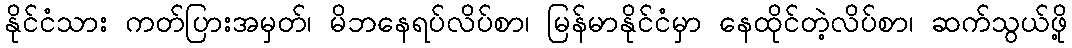
နိုင်ငံသား ကတ်ပြားအမှတ်၊ မိဘနေရပ်လိပ်စာ၊ မြန်မာနိုင်ငံမှာ နေထိုင်တဲ့လိပ်စာ၊ ဆက်သွယ်ဖို့